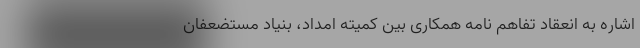
اشاره به انعقاد تفاهم نامه همکاری بین کمیته امداد، بنیاد مستضعفان